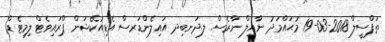
ތަފްސީލް 2018-03-19 މުޙައްމަދު ނާއިލް ނާރެސް ލ.ދަނބިދ އައިލެންޑަރސް އެޑިއުކޭޝަން ޕްރައިވެޓް ލިމިޓެޑް